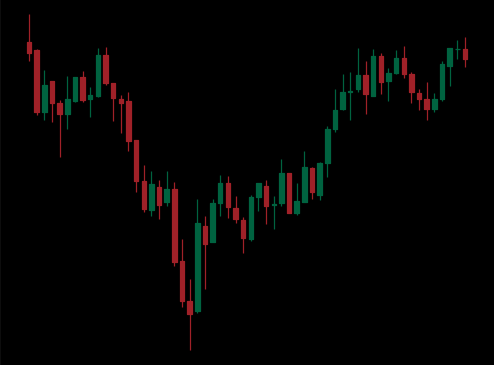
Pattern: inverse_head_shoulders